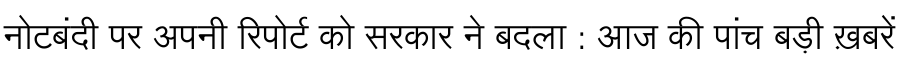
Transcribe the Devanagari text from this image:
नोटबंदी पर अपनी रिपोर्ट को सरकार ने बदला : आज की पांच बड़ी ख़बरें